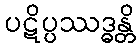
ပဋိပ္ပဿဒ္ဓန္တိ